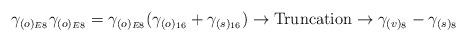
LaTeX: \begin{align*}\gamma_{(o)_{E8}}\gamma_{(o)_{E8}} = \gamma_{(o)_{E8}}(\gamma_{(o)_{16}}+\gamma_{(s)_{16}})\rightarrow \hbox{Truncation}\rightarrow\gamma_{(v)_{8}}-\gamma_{(s)_{8}}\,\end{align*}